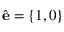
\hat { \mathbf { e } } = \left\{ 1 , 0 \right\}